65_HS1-834228961_62-HQ-83894_SUB_A
Agency: FBI
Page 104
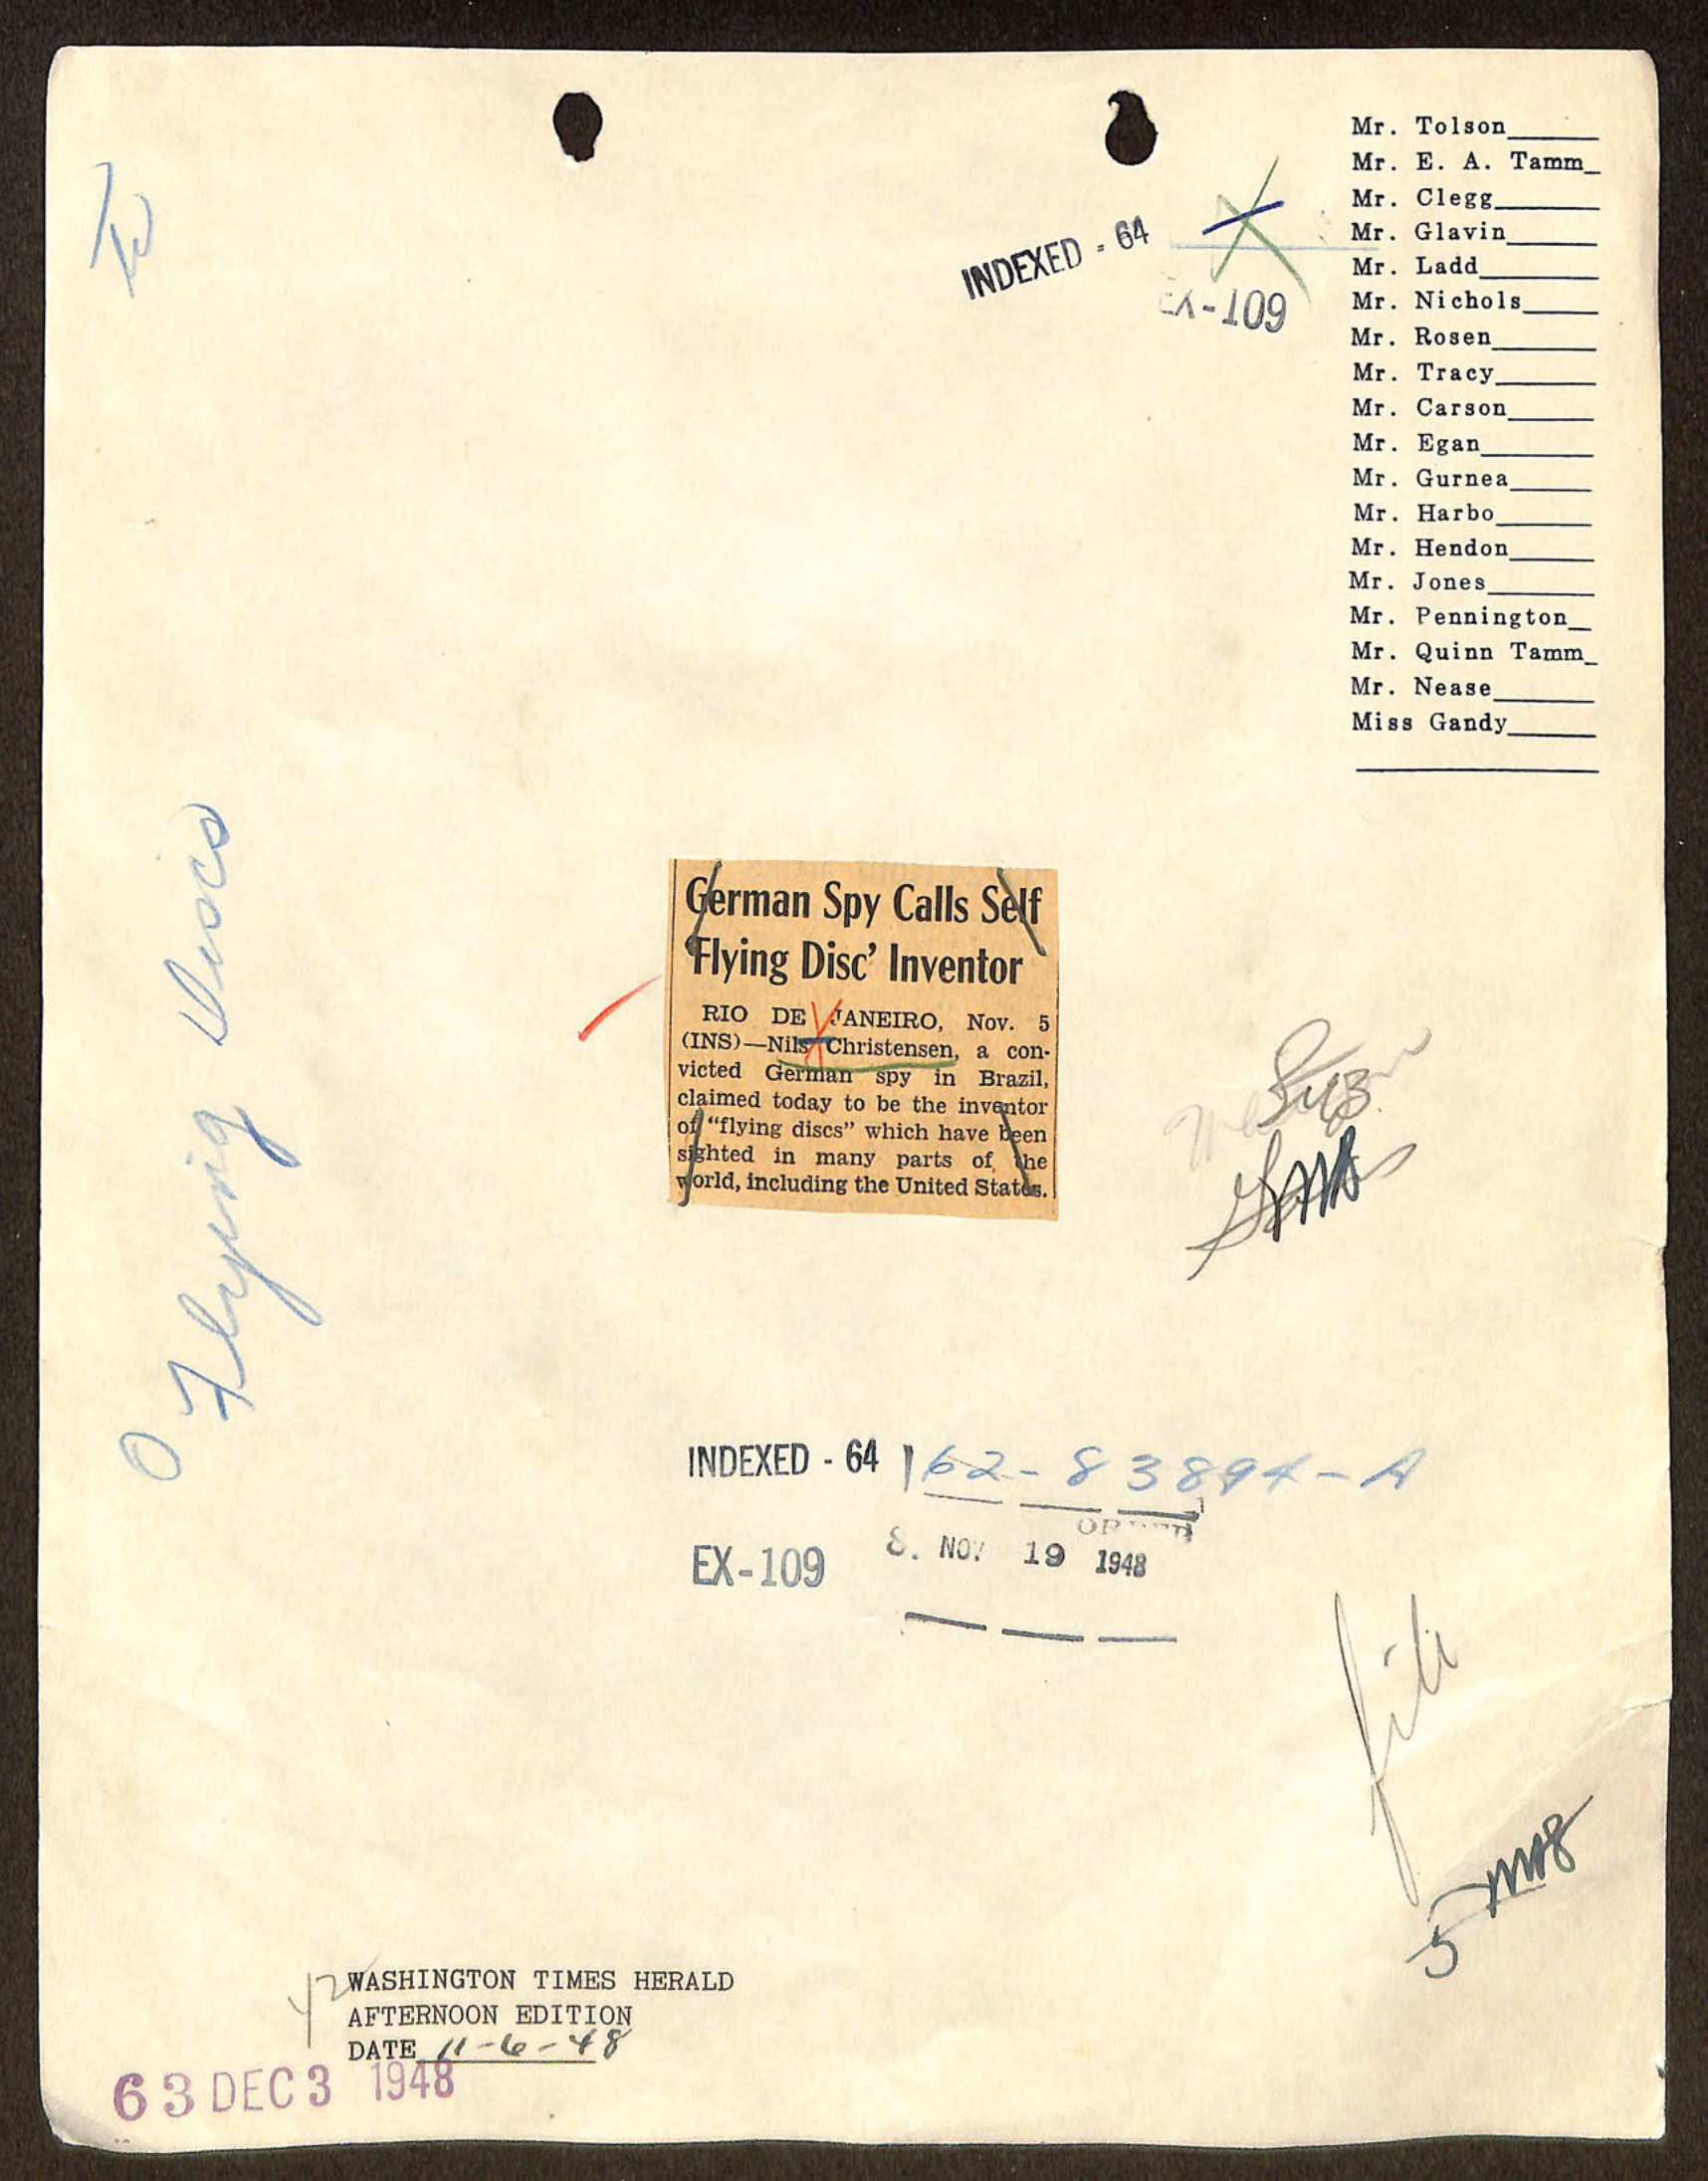